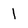
Character: 1